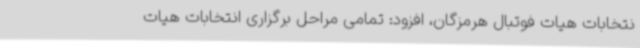
نتخابات هیات فوتبال هرمزگان، افزود: تمامی مراحل برگزاری انتخابات هیات